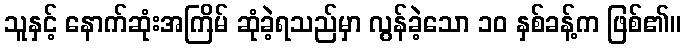
သူနှင့် နောက်ဆုံးအကြိမ် ဆုံခဲ့ရသည်မှာ လွန်ခဲ့သော ၁၀ နှစ်ခန့်က ဖြစ်၏။